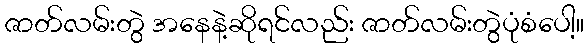
ဇာတ်လမ်းတွဲ အနေနဲ့ဆိုရင်လည်း ဇာတ်လမ်းတွဲပုံစံပေါ့။